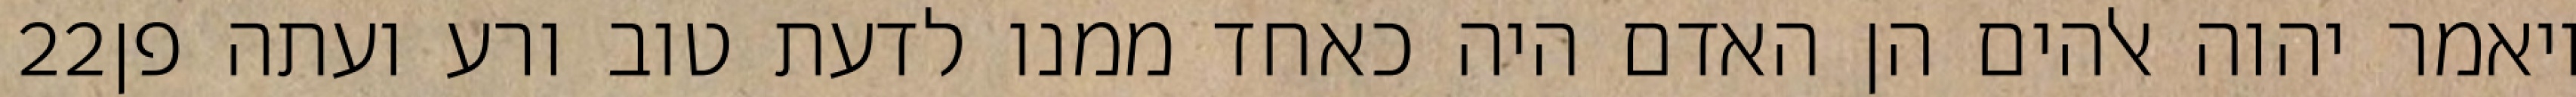
‎22‏ ויאמר יהוה אלהים הן האדם היה כאחד ממנו לדעת טוב ורע ועתה פן